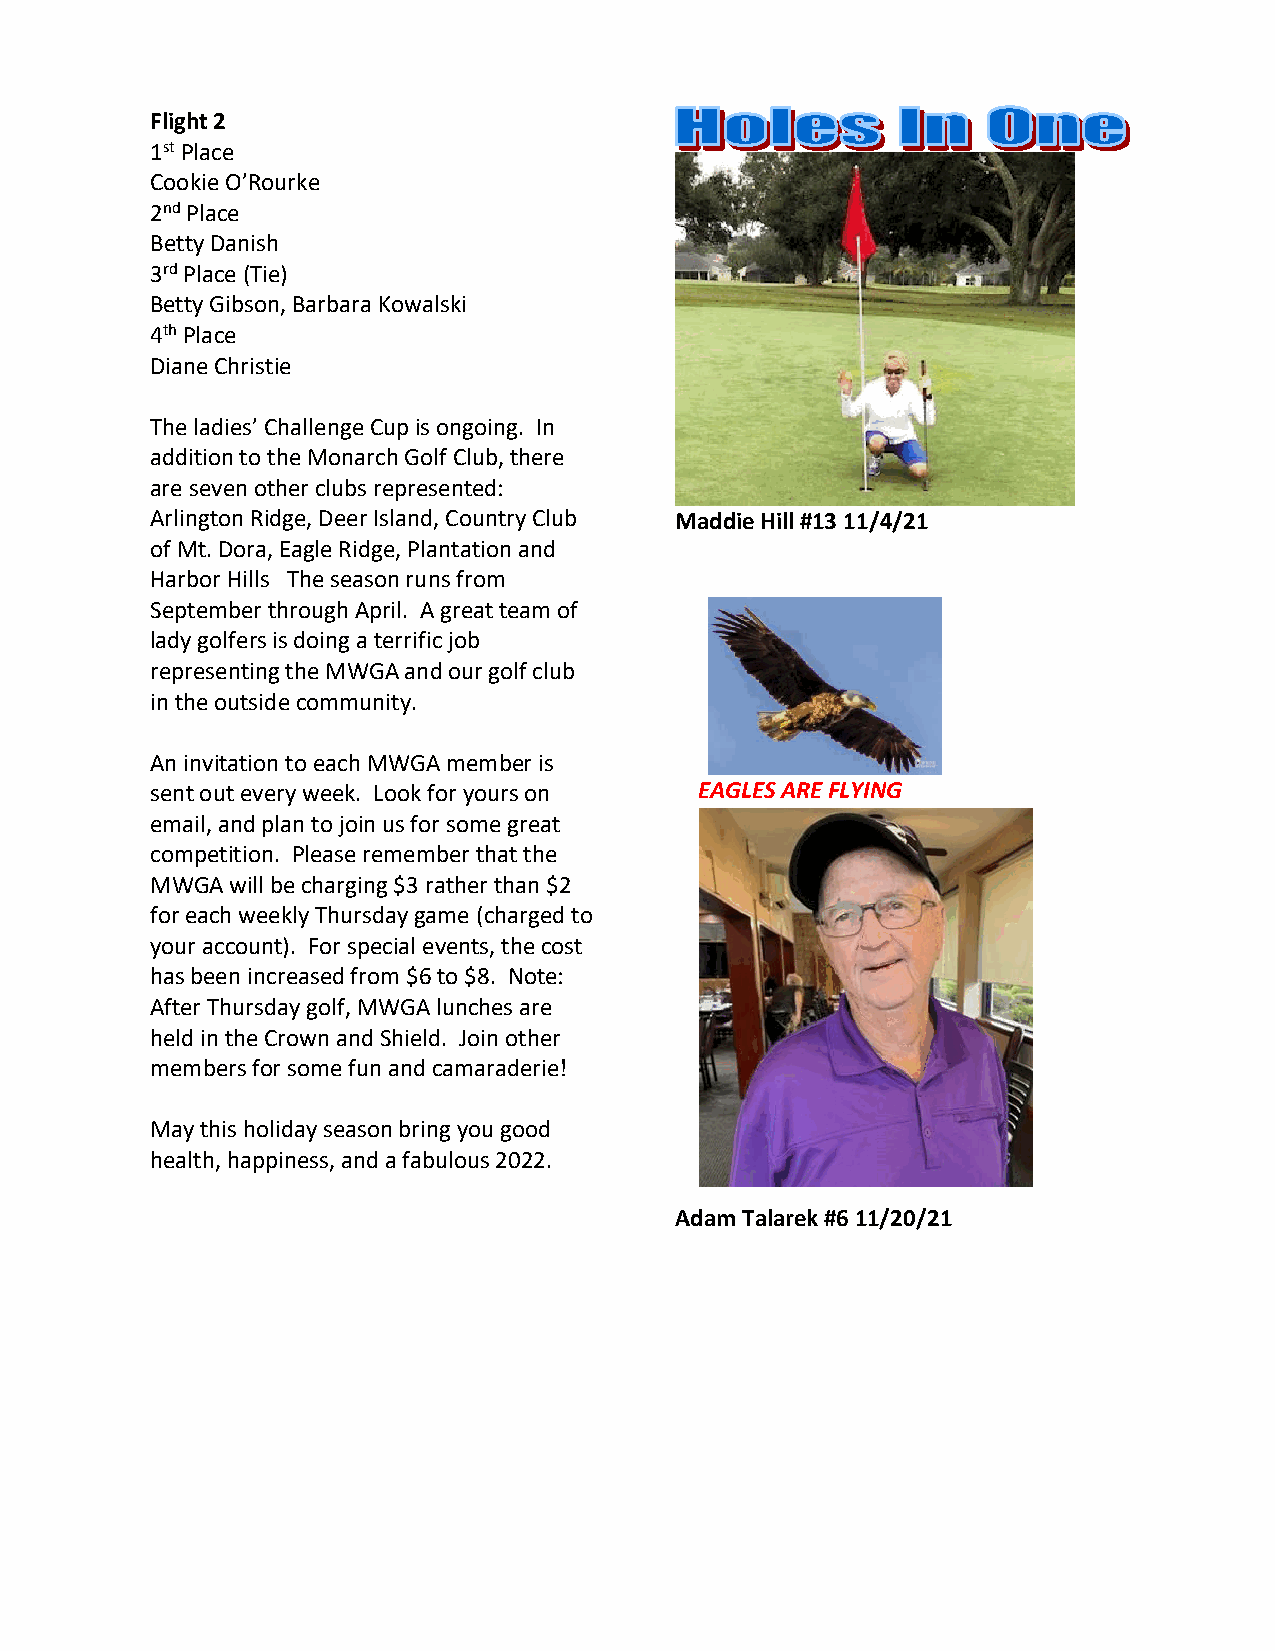
Flight 2
 1st Place
 Cookie O’Rourke
 2nd Place
 Betty Danish
 3rd Place (Tie)
 Betty Gibson, Barbara Kowalski
 4th Place
 Diane Christie
 The ladies’ Challenge Cup is ongoing. In
 addition to the Monarch Golf Club, there
 are seven other clubs represented:
 Arlington Ridge, Deer Island, Country Club Maddie Hill #13 11/4/21
 of Mt. Dora, Eagle Ridge, Plantation and
 Harbor Hills The season runs from
 September through April. A great team of
 lady golfers is doing a terrific job
 representing the MWGA and our golf club
 in the outside community.
 An invitation to each MWGA member is
 sent out every week. Look for yours on EAGLES ARE FLYING
 email, and plan to join us for some great
 competition. Please remember that the
 MWGA will be charging $3 rather than $2
 for each weekly Thursday game (charged to
 your account). For special events, the cost
 has been increased from $6 to $8. Note:
 After Thursday golf, MWGA lunches are
 held in the Crown and Shield. Join other
 members for some fun and camaraderie!
 May this holiday season bring you good
 health, happiness, and a fabulous 2022.
 Adam Talarek #6 11/20/21